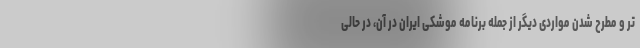
تر و مطرح شدن مواردی دیگر از جمله برنامه موشکی ایران در آن، در حالی